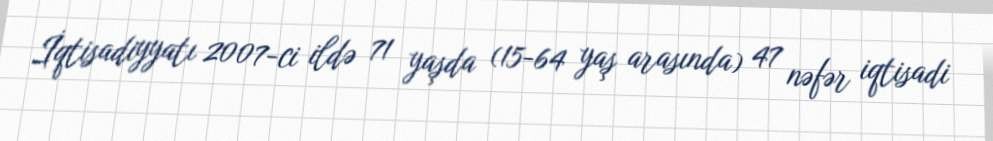
İqtisadiyyatı 2007-ci ildə 71 yaşda (15-64 yaş arasında) 47 nəfər iqtisadi